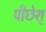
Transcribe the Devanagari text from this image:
पीछेश्